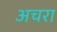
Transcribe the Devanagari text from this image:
अचरा